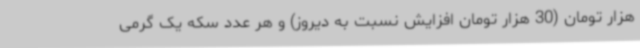
هزار تومان (30 هزار تومان افزایش نسبت به دیروز) و هر عدد سکه یک گرمی